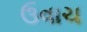
ઉવાચ